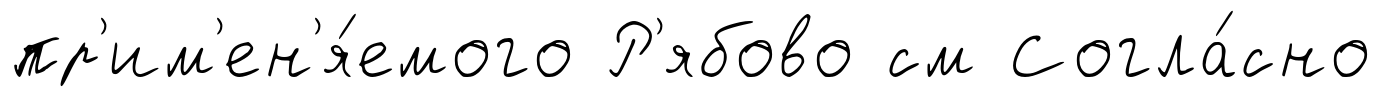
пр'им'ен'я́емого Р'ябово см Согла́сно